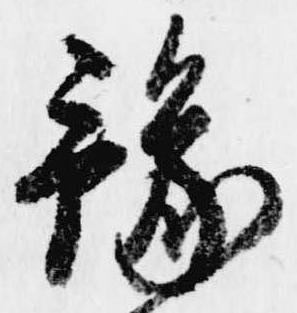
予